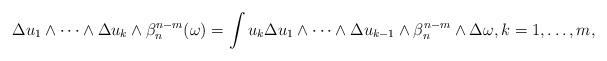
LaTeX: \begin{align*}\Delta u_1\wedge\dots\wedge \Delta u_k \wedge \beta_n^{n-m}(\omega)= \int u_k\Delta u_1\wedge\dots\wedge\Delta u_{k-1}\wedge \beta_n^{n-m}\wedge \Delta \omega, k=1,\dots,m , \end{align*}